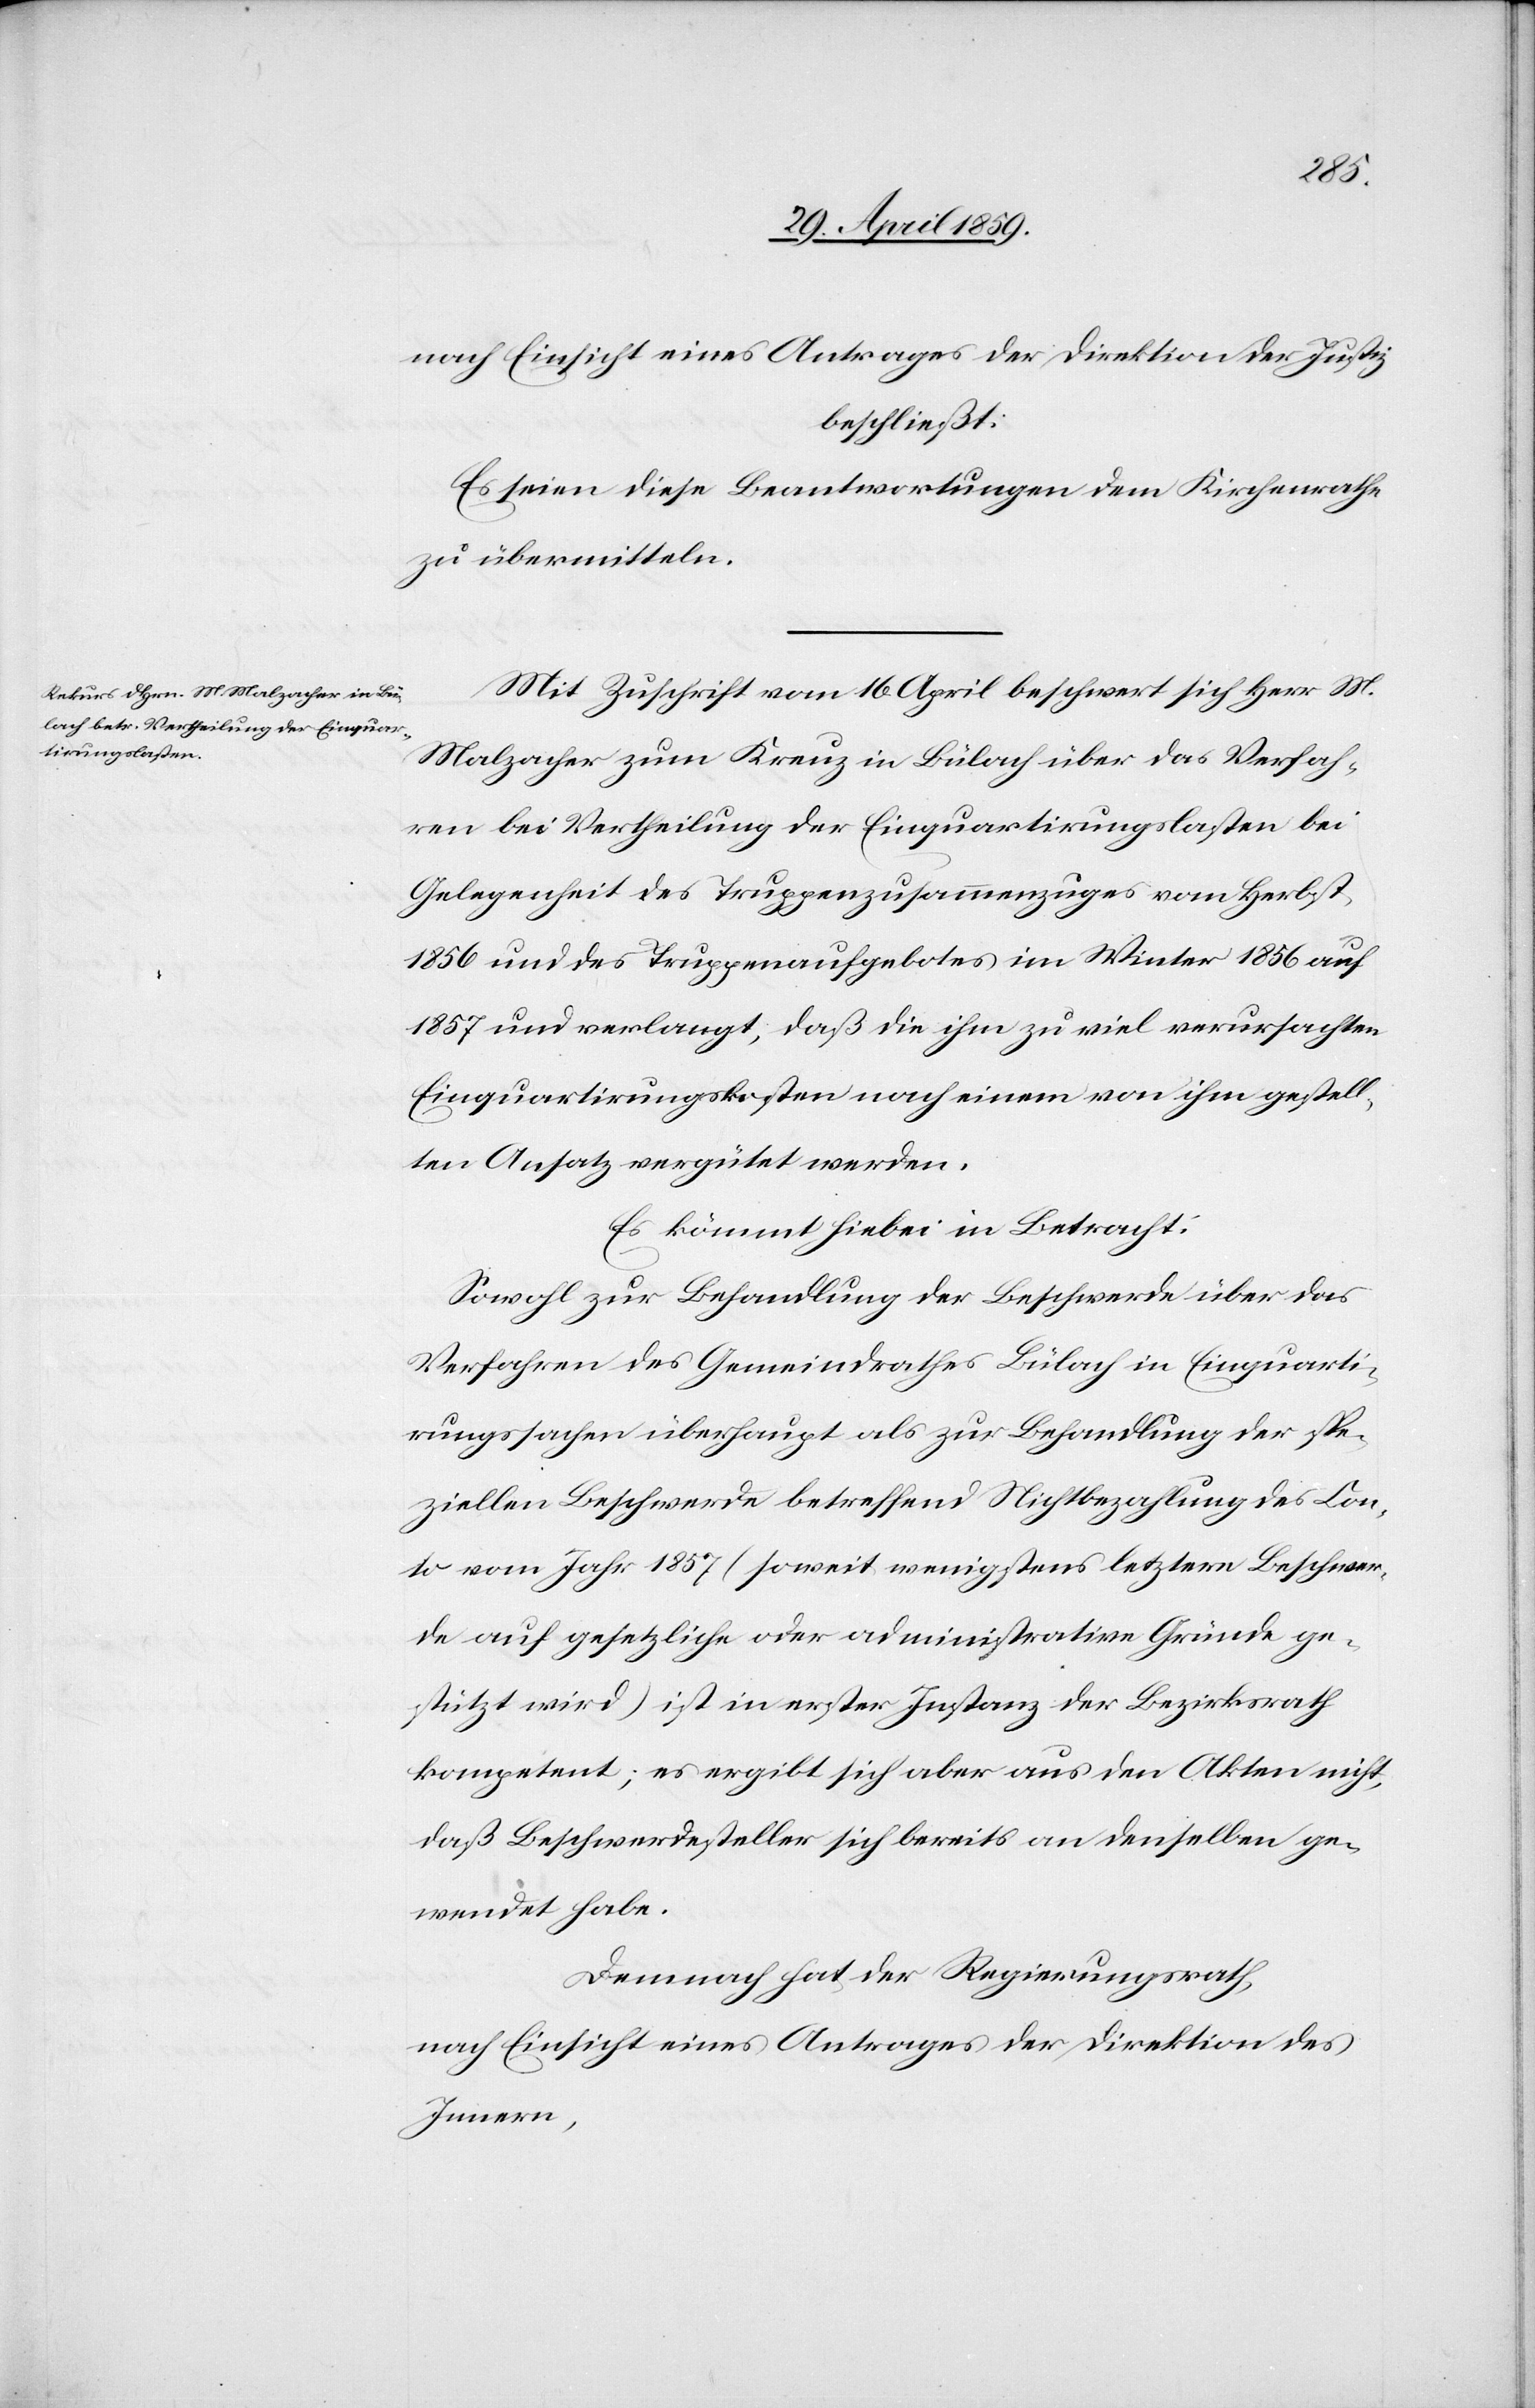
nach Einsicht eines Antrages der Direktion der Justiz
beschließt:
Es seien diese Beantwortungen dem Kirchenrathe
zu übermitteln.
Mit Zuschrift vom 16. April beschwert sich Herr M.
Malzacher zum Kreuz in Bülach über das Verfah¬
ren bei Vertheilung der Einquartirungslasten bei
Gelegenheit des Truppenzusammenzuges vom Herbst,
1856 und des Truppenaufgebotes im Winter 1856 auf
1857 und verlangt, daß die ihm zu viel verursachten
Einquartirungskosten nach einem von ihm gestell¬
ten Ansatz vergütet werden.
Es kömmt hiebei in Betracht:
Sowohl zur Behandlung der Beschwerde über das
Verfahren des Gemeindrathes Bülach in Einquarti¬
rungssachen überhaupt als zur Behandlung der spe¬
ziellen Beschwerde betreffend Nichtbezahlung des Con¬
to vom Jahr 1857 (soweit wenigstens letztere Beschwer¬
de auf gesetzliche oder administrative Gründe ge¬
stützt wird) ist in erster Instanz der Bundesrath
kompetent; es ergibt sich aber aus den Akten nicht,
daß Beschwerdesteller sich bereits an denselben ge¬
wendet habe.
Demnach hat der Regierungsrath,
nach Einsicht eines Antrages der Direktion des
Innern,